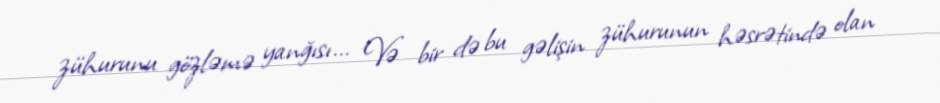
zühurunu gözləmə yanğısı... Və bir də bu gəlişin zühurunun həsrətində olan